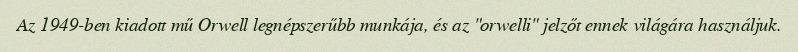
Az 1949-ben kiadott mű Orwell legnépszerűbb munkája, és az "orwelli" jelzőt ennek világára használjuk.